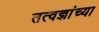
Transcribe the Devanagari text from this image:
तत्वज्ञांच्या